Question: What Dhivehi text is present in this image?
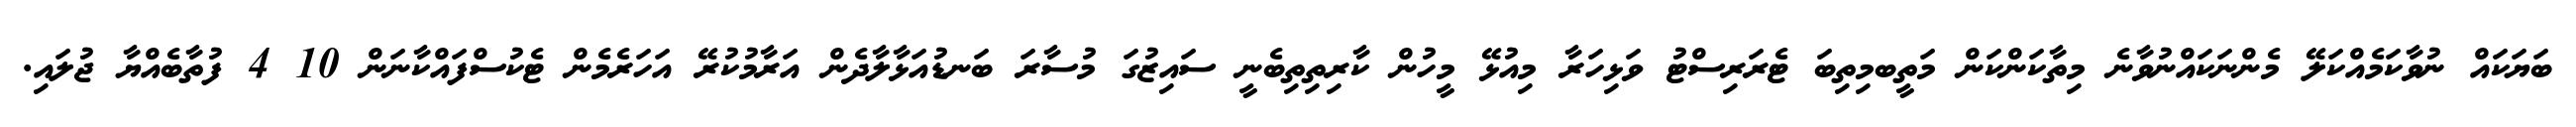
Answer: ބަޔަކައް ނުވާކަމެއްކަލޭ މެންނަކައްނުވާނެ މިތާކަންކަން މަތީބމިތިބަ ޓެރަރިސްޓު ވަޅިހަރާ މިއުޅޭ މީހުން ކާރިތިތިބެނީ ސައިޒުގަ މުސާރަ ބަނޑުއަޅާލާދެން އަރާމުކުރޭ އަހަރެމެން ޓެކުސްފައްކާނަން 10 4 ފުތާބެއްޔާ ޖުލައި.